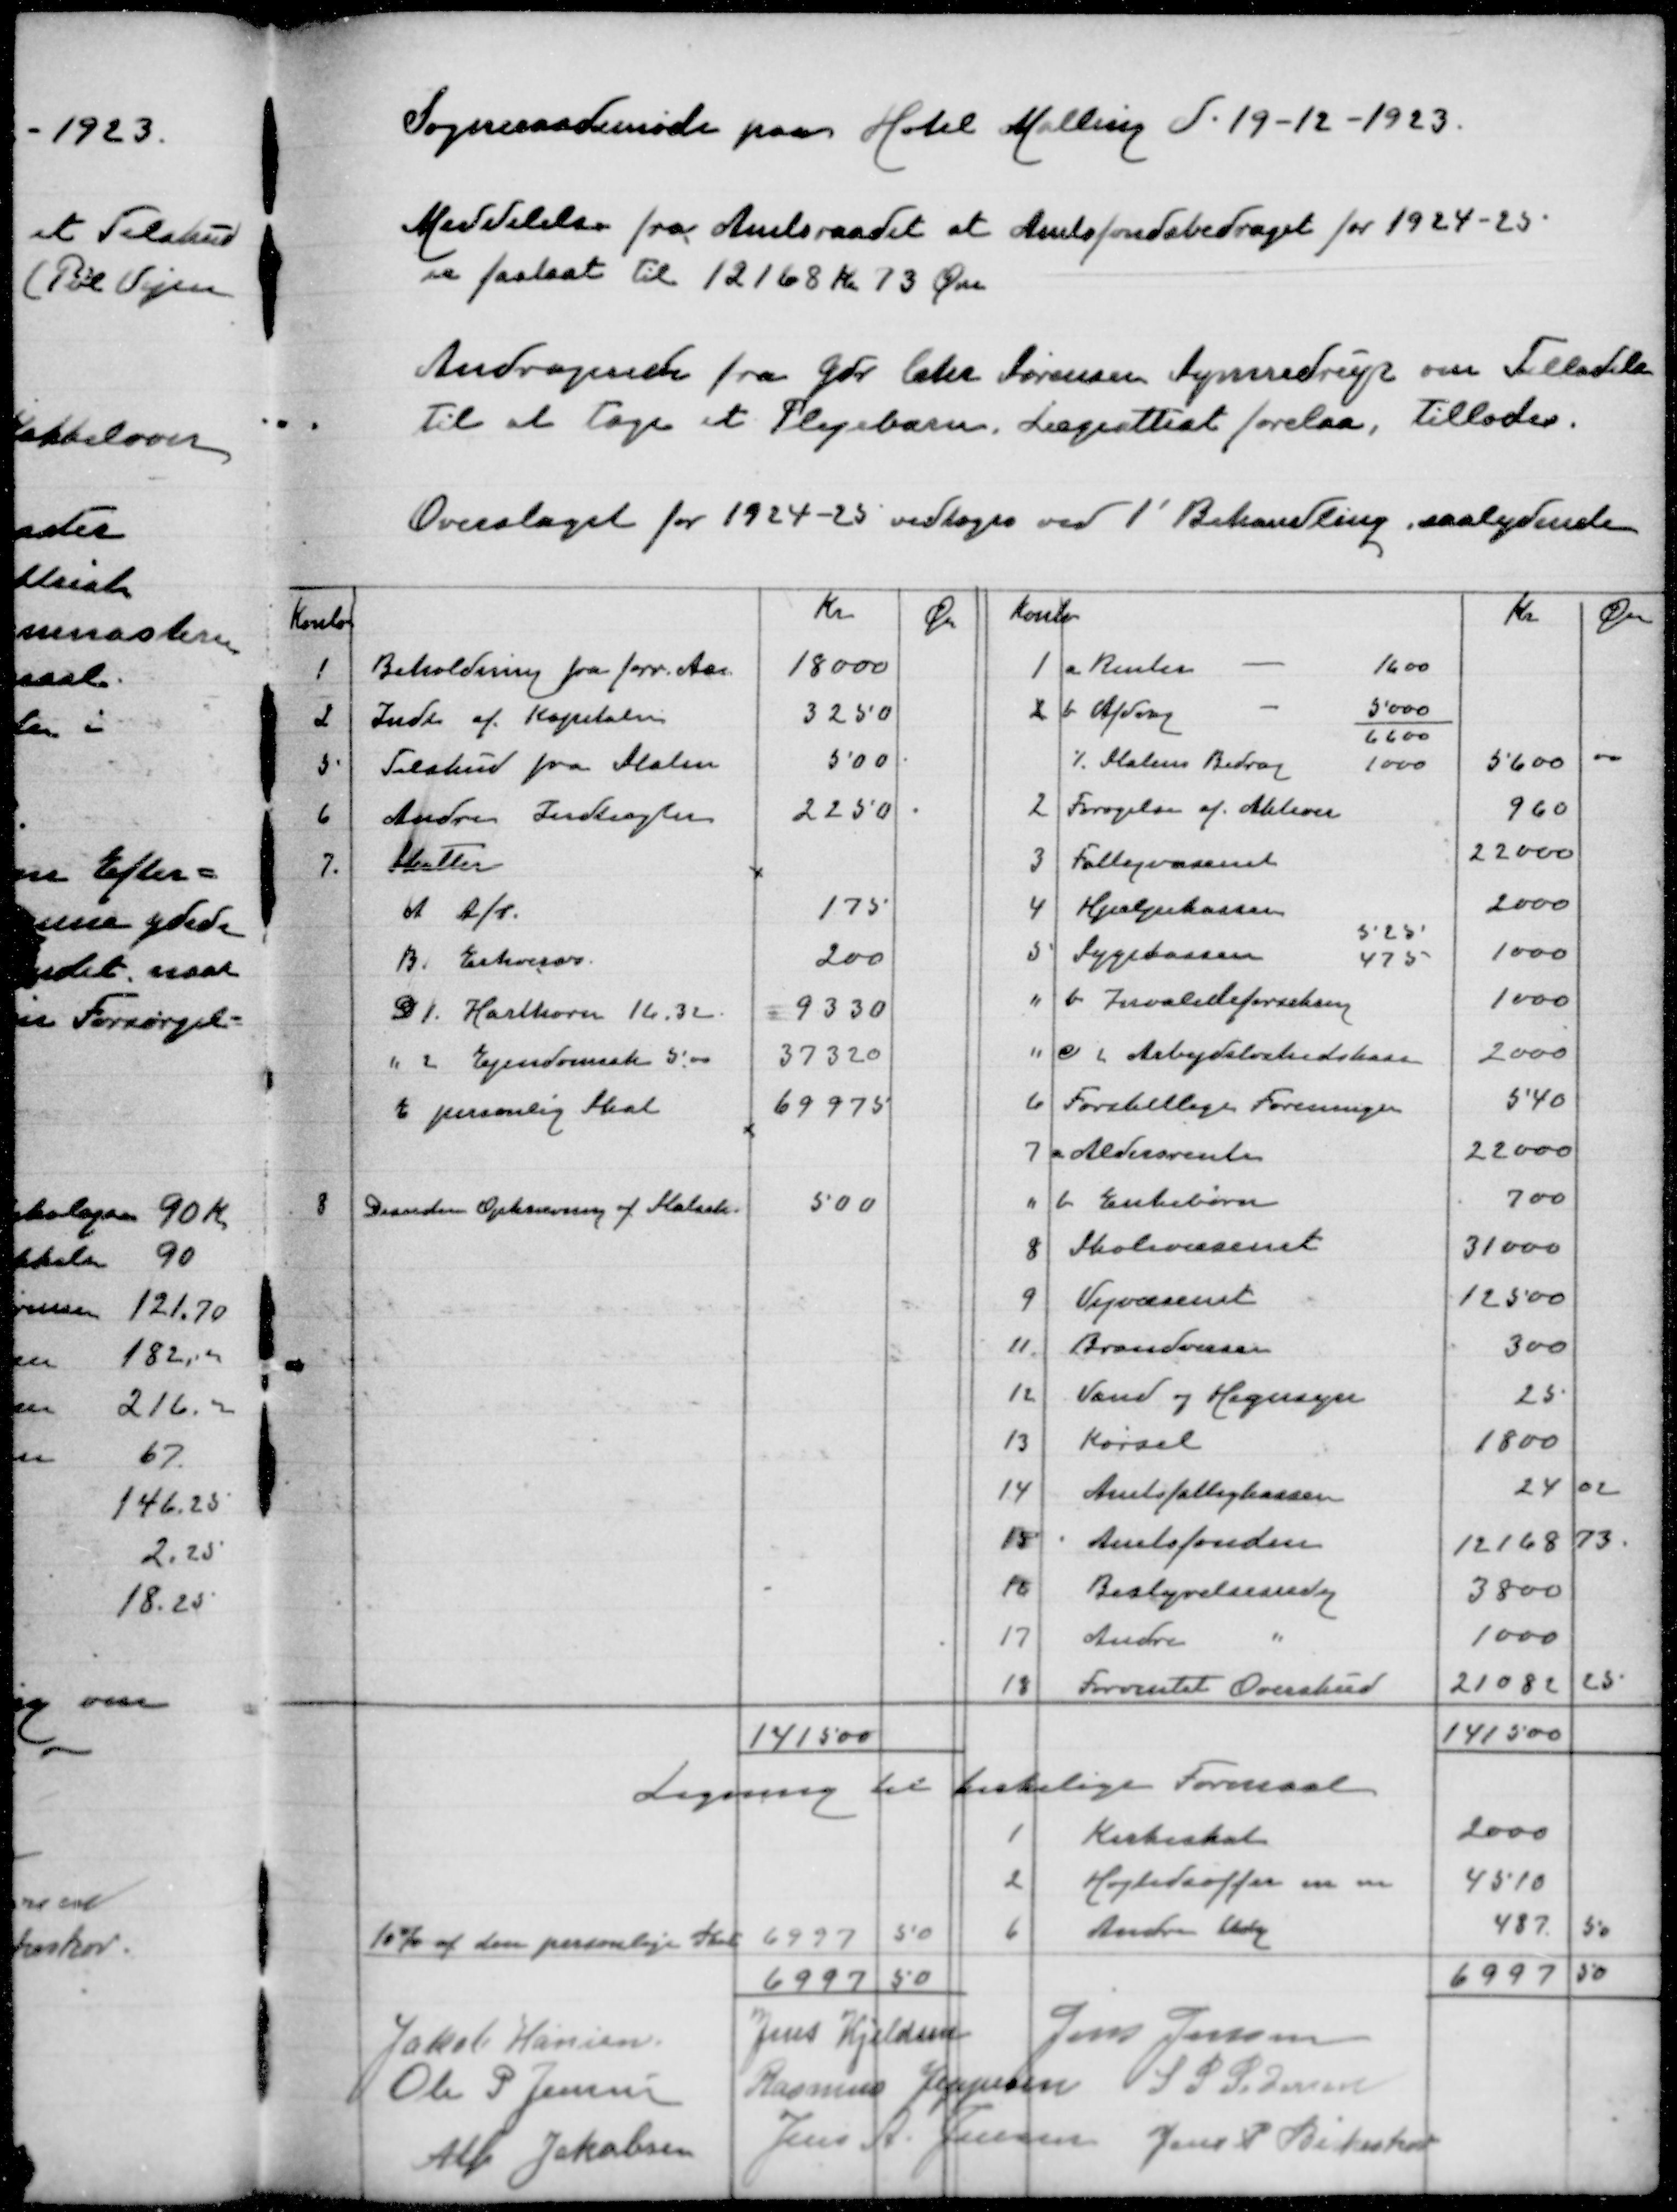
Transskription:
Sogneraadsmøde paa Hotel Malling d 19-12-1923
Meddelelse fra Amtsraadet at Amtsfondsbidraget for 1924-25
er fastsat til 12168 Kr 13 Øre
Andragende fra Gdr Chr Sørensen Synnedrup om Tilladelse
til at tage et plejebarn. Lægeattest forelaa,tillodes
Overslaget for 1924-25 vedtoges ved 1' Behandling saalydende

Jakob Hansen
Jens Kjeldsen
Jens Jensen
Ole P Jensen
Rasmus Jeppesen
S P Pedersen
Alfr Jakobsen
Jens A Jensen
Jens P Birkeskov